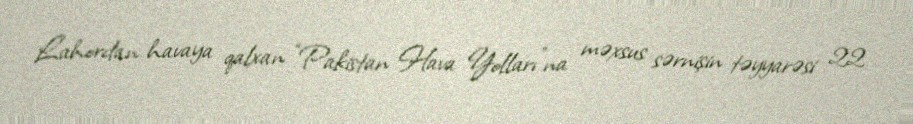
Lahordan havaya qalxan “Pakistan Hava Yolları”na məxsus sərnişin təyyarəsi 22